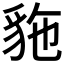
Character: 𲂥